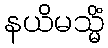
နယိမသ္မိံ